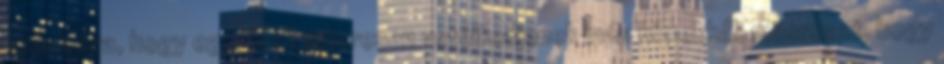
számukra, hogy egyrészt sikeresen vetélkedjenek más hímekkel, másrészt, hogy